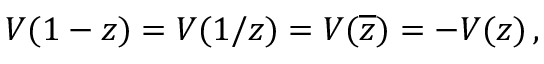
{ \cal V } ( 1 - z ) = { \cal V } ( 1 / z ) = { \cal V } ( \overline { { { z } } } ) = - V ( z ) \, ,